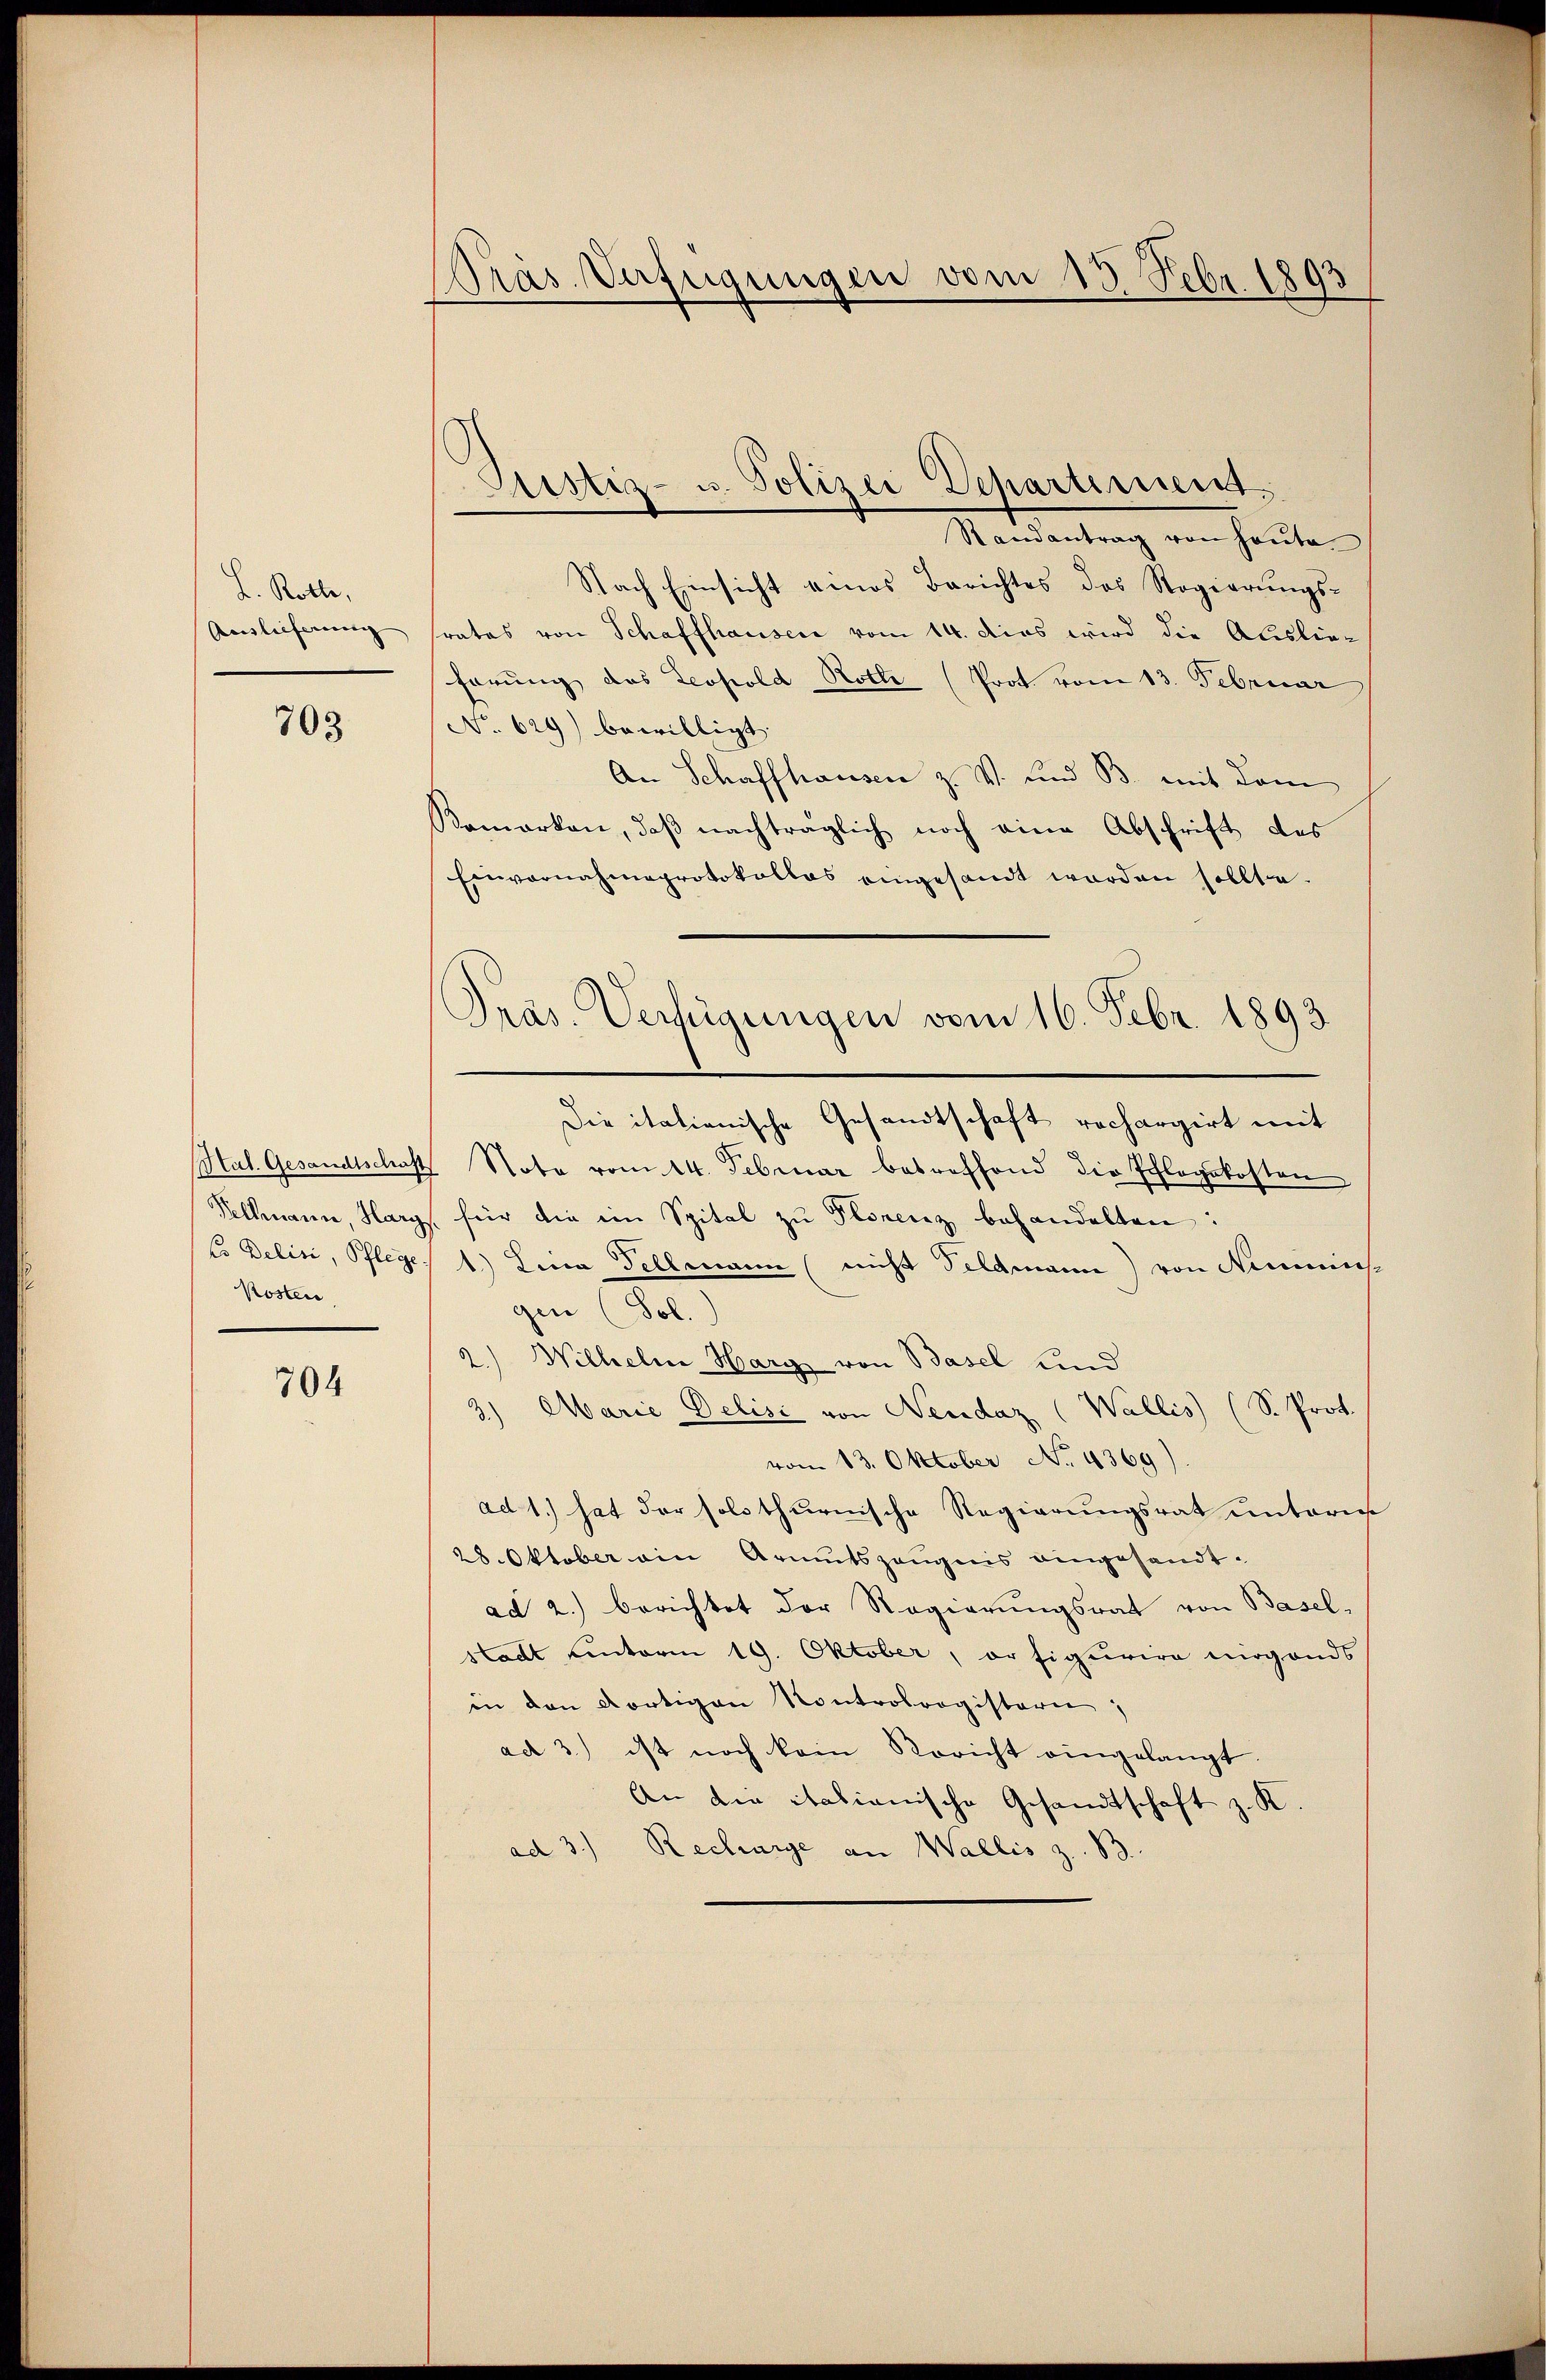
L. Rotte,
Auslieferung

703

Kosten.

704

Präs. Verfügungen vom 13. Febr. 1893

Astiz- u. Polizei Departement.
Randantrag von heute

Nach Einsicht eines Berichtes des Regierungssrates von Schaffhausen vom 14. dies wird die Auslieförung das Leopold Rothe (Prot vom 13. Februar
No. 629) bewilligt.
An Schaffhausen z. V. und B. mit dem
Komarken, daß nachträglich noch eine Abschrift des
Einvernahmeprotokollas eingesandt worden sollte.

Pras. Verfügungen vom 16. Febr. 1893

Die italienische Gesandtschaft rechargirt mit
Hal. Gesandtschaft Note vom 14. Februar betreffend die Pflegekosten
Vellmann, Hary, für die im Spital zŭ Plorenz behandelten:
Co Delini, Pflege 1.) Lina Fellmann (nicht Feldmann) von Nemminis
gen (Pol.
Wilhelm Hary von Basel und
2.)
3) Marie Delisi von Neudaz (Wallis (S. Prot.
vom 13. Oktober No. 4369)
ad 1.) hat der soll thurnische Regierungsrat unterm
28. Oktober ain Armutszeugnis eingesandt.
ad 2.) berichtet der Regierungsrat von Basel-
stadt unterm 19. Oktober, er figurire nirgends
in den dortigen Kontrolregistern,
ad 3.) ist noch kein Bericht eingelangt.
An die italianische Gesandtschaft z. K.
ad 3.) Recharge an Wallis z. B.